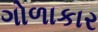
ગોળાકાર